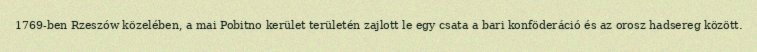
1769-ben Rzeszów közelében, a mai Pobitno kerület területén zajlott le egy csata a bari konföderáció és az orosz hadsereg között.